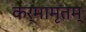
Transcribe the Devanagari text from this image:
कर्मामृतम्